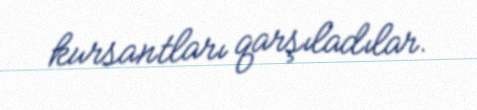
kursantları qarşıladılar.